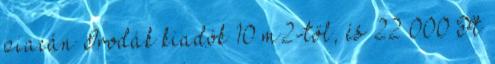
piacán Irodák kiadók 10 m2-től, és 22 000 Ft